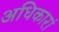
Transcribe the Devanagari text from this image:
अधिकारां